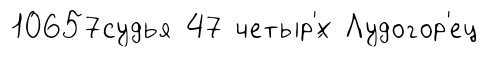
10657судья 47 четыр'́х Лудогор'ец